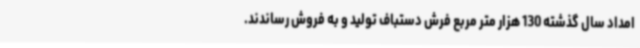
امداد سال گذشته 130 هزار متر مربع فرش دستباف تولید و به فروش رساندند.